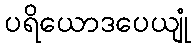
ပရိယောဒပေယျုံ